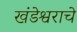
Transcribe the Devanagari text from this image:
खंडेश्वराचे